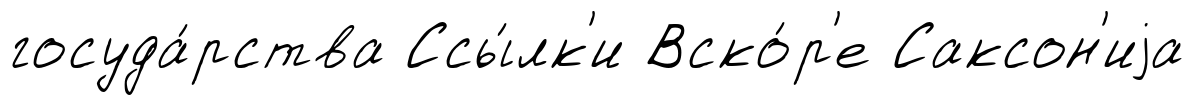
госуда́рства Ссы́лк'и Вско́р'е Саксон'иjа